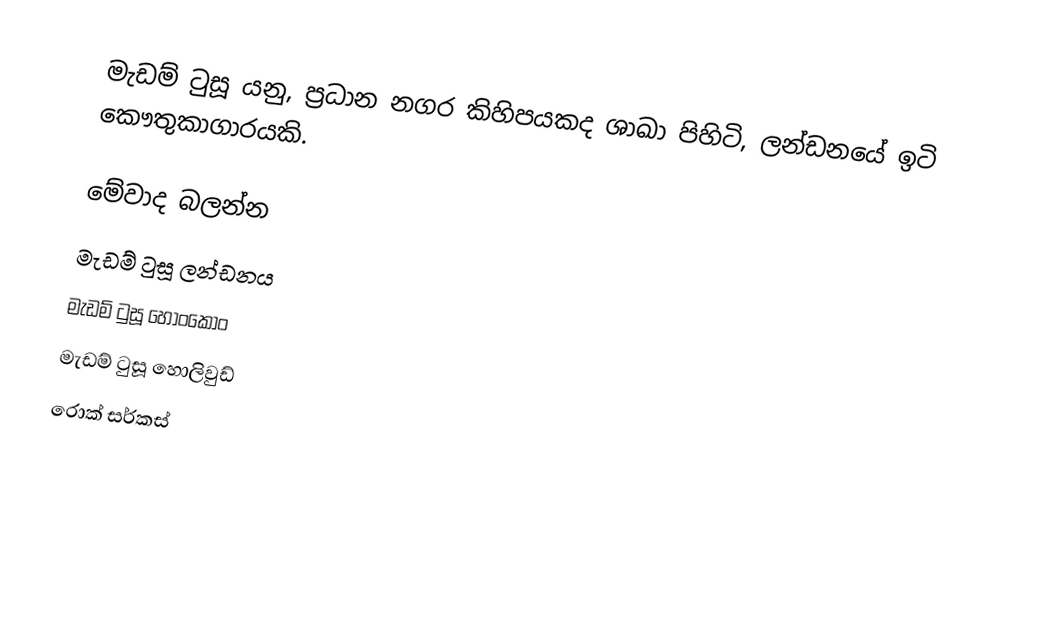
මැඩම් ටුසූ යනු, ප්‍රධාන නගර කිහිපයකද ශාඛා පිහිටි, ලන්ඩනයේ ඉටි කෞතුකාගාරයකි.

මේවාද බලන්න
 මැඩම් ටුසූ ලන්ඩනය
 මැඩම් ටුසූ හොංකොං
 මැඩම් ටුසූ හොලිවුඩ්
 රොක් සර්කස්